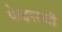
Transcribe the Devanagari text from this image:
फेडररची